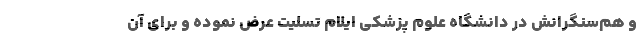
و هم‌سنگرانش در دانشگاه علوم پزشکی ایلام تسلیت عرض نموده و برای آن